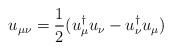
\begin{align*}u_{\mu\nu} = \frac{1}{2} (u_{\mu}^{\dagger} u_{\nu} - u_{\nu}^{\dagger} u_{\mu})\end{align*}